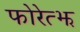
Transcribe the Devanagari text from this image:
फोरेत्झ